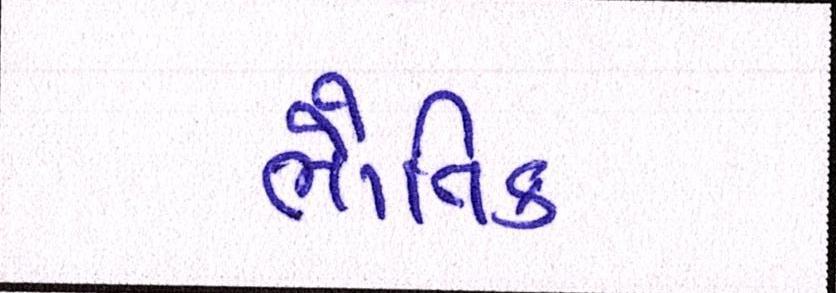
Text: ભૌતિક